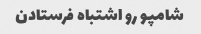
شامپو رو اشتباه فرستادن